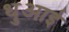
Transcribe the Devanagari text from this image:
धुआई